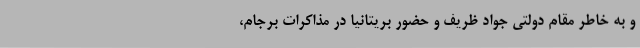
و به خاطر مقام دولتی جواد ظریف و حضور بریتانیا در مذاکرات برجام،